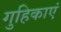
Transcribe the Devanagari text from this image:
गुहिकाएं